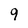
Character: 9